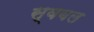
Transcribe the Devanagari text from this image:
स्वबल